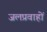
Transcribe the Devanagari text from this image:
जलप्रवाहों